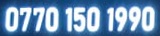
0770 150 1990